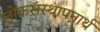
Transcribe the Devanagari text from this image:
लोकसंस्थापनार्थ